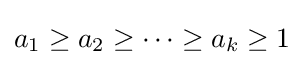
a_{1}\geq a_{2}\geq \dotsb \geq a_{k}\geq 1